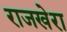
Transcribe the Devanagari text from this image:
राजखेरा